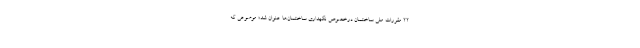
۲۲ مقررات ملی ساختمان درخصوص نگهداری ساختمان‌ها عنوان شد؛ موضوعی که